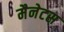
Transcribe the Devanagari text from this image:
मैनेटस